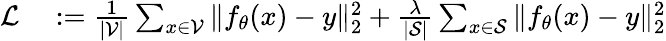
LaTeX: \begin{array}{rl}{\mathcal{L}}&{{}:=\frac{1}{|\mathcal{V}|}\sum_{x\in\mathcal{V}}\| f_{\theta}(x)-y\| _{2}^{2}+\frac{\lambda}{|\mathcal{S}|}\sum_{x\in\mathcal{S}}\| f_{\theta}(x)-y\| _{2}^{2}}\end{array}